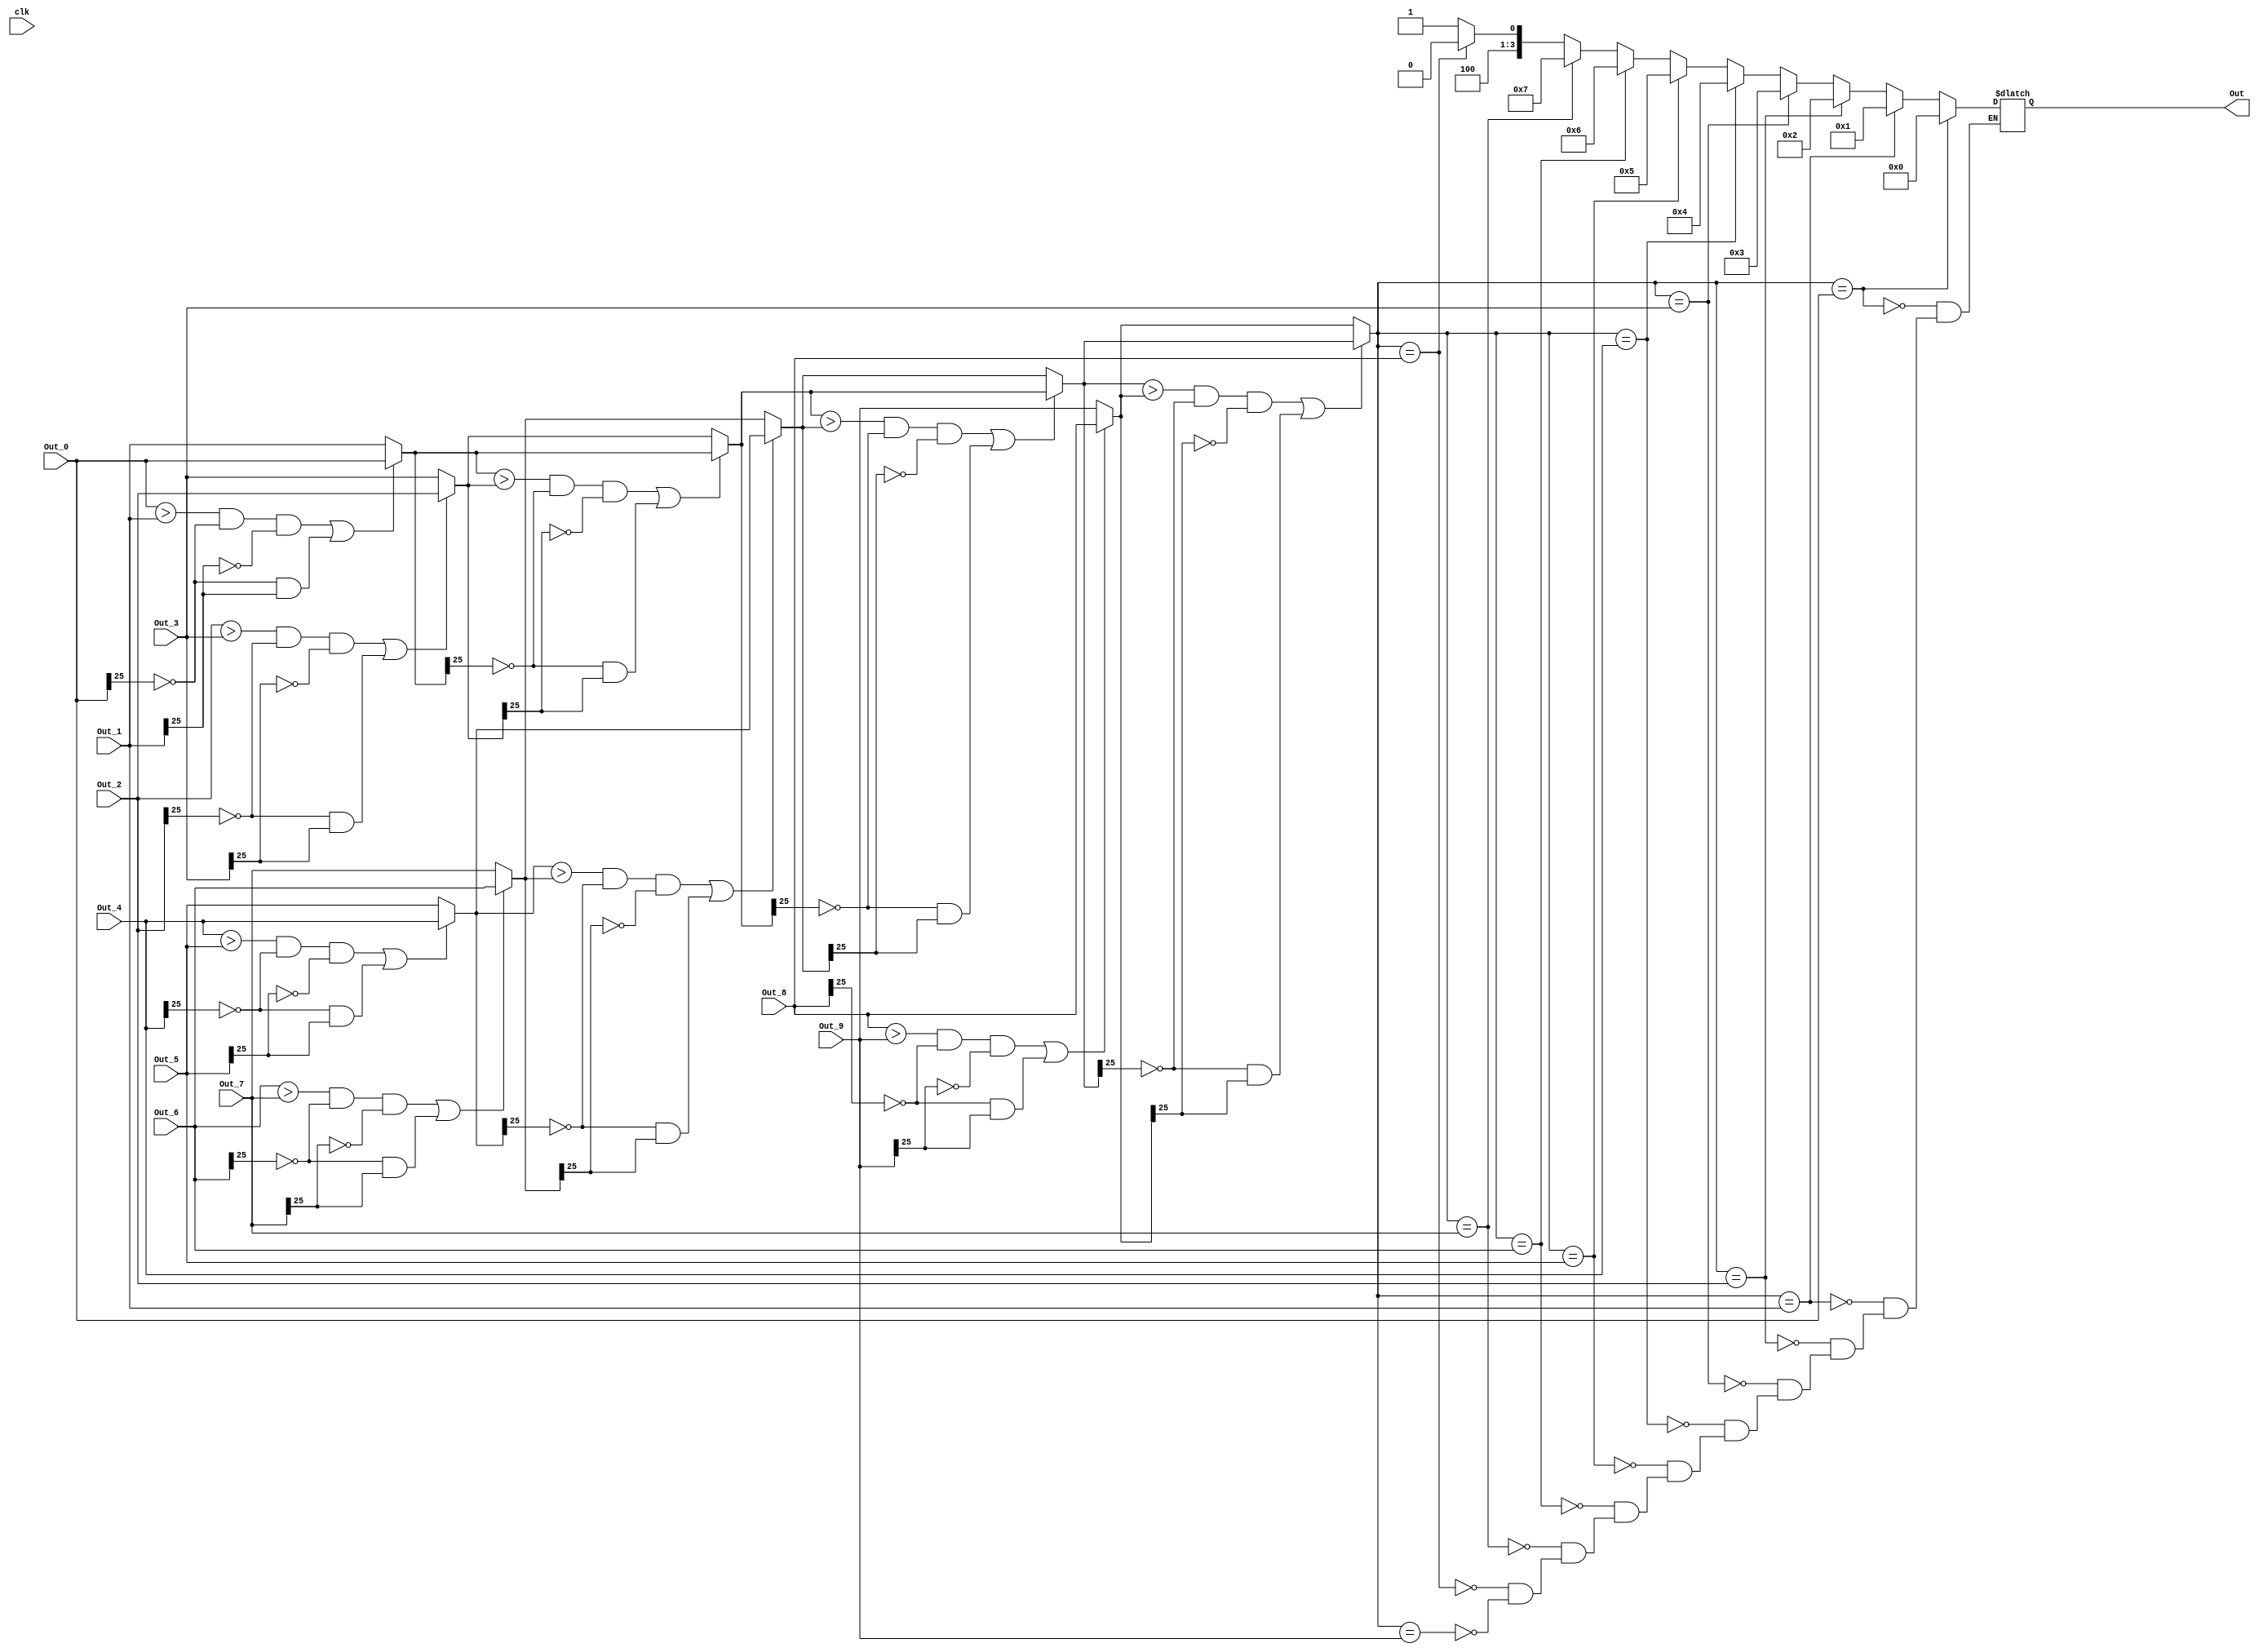
//TESTED
module Max_Selector (
  clk,
  //GlobalReset,
  Out_0,
  Out_1,
  Out_2,
  Out_3,
  Out_4,
  Out_5,
  Out_6,
  Out_7,
  Out_8,
  Out_9,
  Out
);

//Inputs and Outputs  

input  clk;
//input  GlobalReset;
input [25:0] Out_0;
input [25:0] Out_1;
input [25:0] Out_2;
input [25:0] Out_3;
input [25:0] Out_4;
input [25:0] Out_5;
input [25:0] Out_6;
input [25:0] Out_7;
input [25:0] Out_8;
input [25:0] Out_9;


output reg [3:0] Out;

	
//reg & wire declarations
//reg  [25:0] out_0_r;
//reg  [25:0] out_1_r;
//reg  [25:0] out_2_r;
//reg  [25:0] out_3_r;
//reg  [25:0] out_4_r;
//reg  [25:0] out_5_r;
//reg  [25:0] out_6_r;
//reg  [25:0] out_7_r;
//reg  [25:0] out_8_r;
//reg  [25:0] out_9_r;

//reg  [3:0]  out_r;

wire	[25:0]	Out_01, Out_23, Out_45, Out_67, Out_89, Out_02, Out_46, Out_04, Out_Int;

//always @(Out_0,Out_1,Out_2,Out_3,Out_4,Out_5,Out_6,Out_7,Out_8,Out_9) begin
//
//	if(Out_0 > Out_1 && Out_0[25]==1'b0 && Out_1[25]==1'b0 || Out_0[25]==1'b0 && Out_1[25]==1'b1)
//		Out_01 = Out_0;
//	else
//		Out_01 = Out_1;
  assign Out_01 = (Out_0 > Out_1 && Out_0[25]==1'b0 && Out_1[25]==1'b0 || Out_0[25]==1'b0 && Out_1[25]==1'b1)? Out_0:Out_1;
  assign Out_23 = (Out_2 > Out_3 && Out_2[25]==1'b0 && Out_3[25]==1'b0 || Out_2[25]==1'b0 && Out_3[25]==1'b1)? Out_2:Out_3;
  assign Out_45 = (Out_4 > Out_5 && Out_4[25]==1'b0 && Out_5[25]==1'b0 || Out_4[25]==1'b0 && Out_5[25]==1'b1)? Out_4:Out_5;
  assign Out_67 = (Out_6 > Out_7 && Out_6[25]==1'b0 && Out_7[25]==1'b0 || Out_6[25]==1'b0 && Out_7[25]==1'b1)? Out_6:Out_7;
  assign Out_89 = (Out_8 > Out_9 && Out_8[25]==1'b0 && Out_9[25]==1'b0 || Out_8[25]==1'b0 && Out_9[25]==1'b1)? Out_8:Out_9;

  assign Out_02 = (Out_01 > Out_23 && Out_01[25]==1'b0 && Out_23[25]==1'b0 || Out_01[25]==1'b0 && Out_23[25]==1'b1)? Out_01:Out_23;
  assign Out_46 = (Out_45 > Out_67 && Out_45[25]==1'b0 && Out_67[25]==1'b0 || Out_45[25]==1'b0 && Out_67[25]==1'b1)? Out_45:Out_67;

  assign Out_04 = (Out_02 > Out_46 && Out_02[25]==1'b0 && Out_46[25]==1'b0 || Out_02[25]==1'b0 && Out_46[25]==1'b1)? Out_02:Out_46;

  assign Out_Int = (Out_04 > Out_89 && Out_04[25]==1'b0 && Out_89[25]==1'b0 || Out_04[25]==1'b0 && Out_89[25]==1'b1)? Out_04:Out_89;

//end

always@(*) begin
  	case(Out_Int)
		Out_0:  Out=4'b0000;
		Out_1:  Out=4'b0001;
		Out_2:  Out=4'b0010;
		Out_3:  Out=4'b0011;	
		Out_4:  Out=4'b0100;
		Out_5:  Out=4'b0101;
		Out_6:  Out=4'b0110;
		Out_7:  Out=4'b0111;
		Out_8:  Out=4'b1000;
		Out_9:  Out=4'b1001;	
    endcase
end

/*
always @(posedge clk or negedge GlobalReset) begin
    if (GlobalReset == 1'b0) begin
	out_0  <= {(26){1'b0}};
	out_1  <= {(26){1'b0}};
	out_2  <= {(26){1'b0}};
	out_3  <= {(26){1'b0}};
	out_4  <= {(26){1'b0}};
	out_5  <= {(26){1'b0}};
	out_6  <= {(26){1'b0}};
	out_7  <= {(26){1'b0}};
	out_8  <= {(26){1'b0}};
	out_9  <= {(26){1'b0}};
    end
    else begin
	out_0_r  <= Out_0;
	out_1_r  <= Out_1;
	out_2_r  <= Out_2;
	out_3_r  <= Out_3;
	out_4_r  <= Out_4;
	out_5_r  <= Out_5;
	out_6_r  <= Out_6;
	out_7_r  <= Out_7;
	out_8_r  <= Out_8;
	out_9_r  <= Out_9;
	out_r    <= Out;
    end
end
*/


endmodule